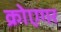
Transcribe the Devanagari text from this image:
क्रोएगर